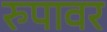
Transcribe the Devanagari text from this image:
रुपावर